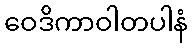
ဝေဒိကာဝါတပါနံ